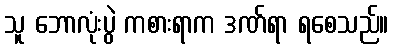
သူ ဘောလုံးပွဲ ကစားရာက ဒဏ်ရာ ရစေသည်။